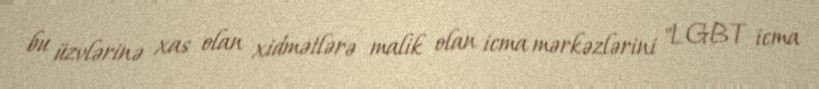
bu üzvlərinə xas olan xidmətlərə malik olan icma mərkəzlərini "LGBT icma